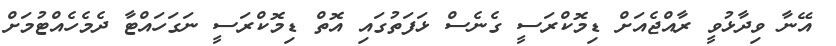
އޭނާ ވިދާޅުވީ ރާއްޖެއަށް ޑިމޮކްރަސީ ގެނެސް ޅަފަތުގައި އޮތް ޑިމޮކްރަސީ ނަގަހައްޓާ ދެމެހެއްޓުމަށް